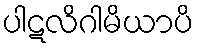
ပါဋလိဂါမိယာပိ